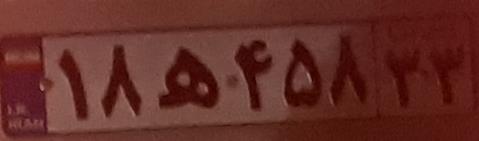
۱۸ه۴۵۸۳۳